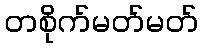
တစိုက်မတ်မတ်